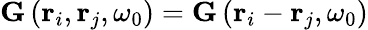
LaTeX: \mathbf{G}\left(\mathbf{r}_{i},\mathbf{r}_{j},\omega_{0}\right)=\mathbf{G}\left(\mathbf{r}_{i}-\mathbf{r}_{j},\omega_{0}\right)